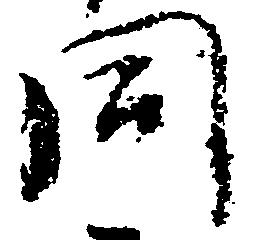
同